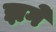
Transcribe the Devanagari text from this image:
झगे